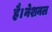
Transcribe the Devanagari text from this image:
है।नेशनल